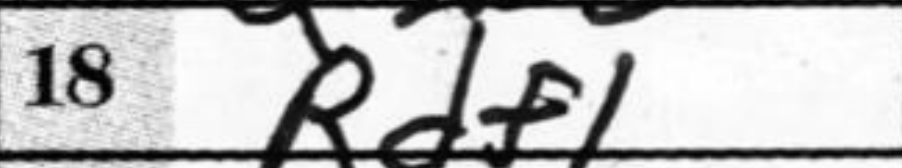
Transcription: Rdf1